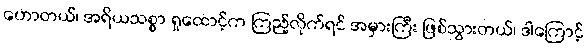
ဟောတယ်၊ အရိယသစ္စာ ရှုထောင့်က ကြည့်လိုက်ရင် အမှားကြီး ဖြစ်သွားတယ်၊ ဒါကြောင့်